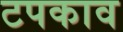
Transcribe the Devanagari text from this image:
टपकाव